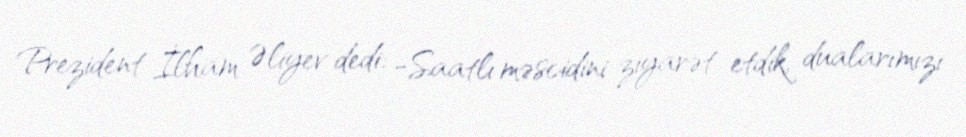
Prezident İlham Əliyev dedi: -Saatlı məscidini ziyarət etdik, dualarımızı